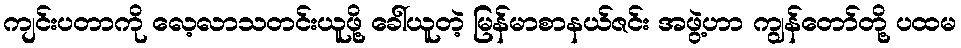
ကျင်းပတာကို လေ့လာသတင်းယူဖို့ ခေါ်ယူတဲ့ မြန်မာစာနယ်ဇင်း အဖွဲ့ဟာ ကျွန်တော်တို့ ပထမ